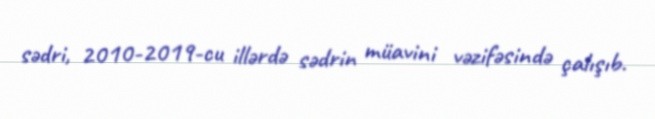
sədri, 2010-2019-cu illərdə sədrin müavini vəzifəsində çalışıb.